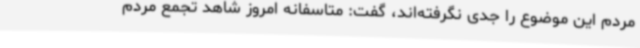
مردم این موضوع را جدی نگرفته‌اند، گفت: متاسفانه امروز شاهد تجمع مردم